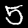
Label: 5